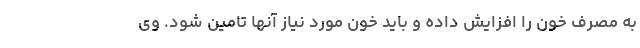
به مصرف خون را افزایش داده و باید خون مورد نیاز آنها تامین شود. وی